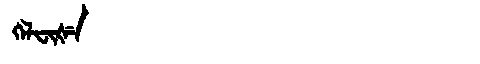
Manchu: ᡴᡝᠯᠸᡳᡧᡝ
Romanization: KELFIŠE